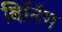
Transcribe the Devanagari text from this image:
बिनिंग